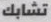
تشابك